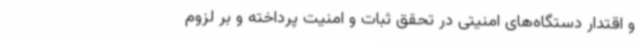
و اقتدار دستگاه‌های امنیتی در تحقق ثبات و امنیت پرداخته و بر لزوم